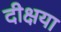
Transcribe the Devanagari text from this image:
दीक्षया